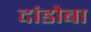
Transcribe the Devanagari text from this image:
दांडोबा